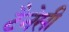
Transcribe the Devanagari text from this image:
टैनेसी